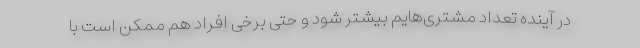
در آینده تعداد مشتری‌هایم بیشتر شود و حتی برخی افراد هم ممکن است با